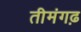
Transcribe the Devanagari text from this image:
तीमंगढ़